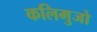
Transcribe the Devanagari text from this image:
कलिमुजो